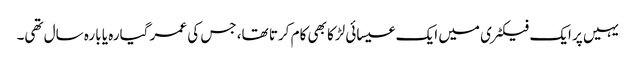
یہیں پر ایک فیکٹری میں ایک عیسائی لڑکا بھی کام کرتا تھا، جس کی عمر گیارہ یا بارہ سال تھی۔